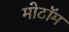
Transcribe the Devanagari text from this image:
मोटॉम